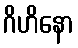
ဂိဟိနော